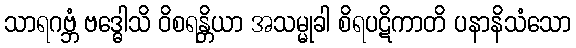
သာရဂဗ္ဘံ ဗဒ္ဓေါသိ ဝိစရန္တိယာ အသမ္မုခါ စိရပဋိကာတိ ပနာနိသံသော